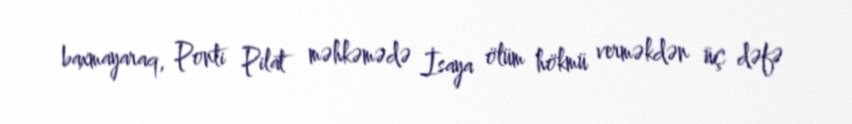
baxmayaraq, Ponti Pilat məhkəmədə İsaya ölüm hökmü verməkdən üç dəfə